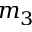
m _ { 3 }